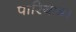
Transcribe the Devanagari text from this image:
पारियात्र।